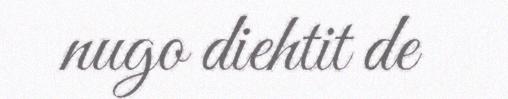
nugo diehtit de